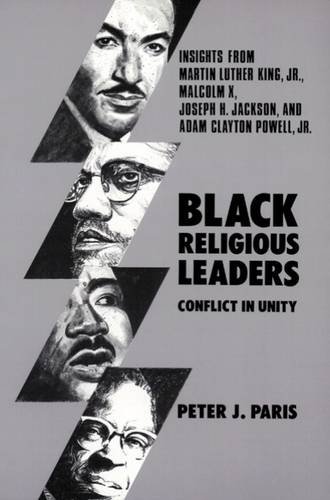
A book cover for Black Religious Leaders: Conflict in Unity; Peter J. Paris; Christian Books & Bibles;